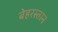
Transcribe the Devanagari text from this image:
बेहरस्तान